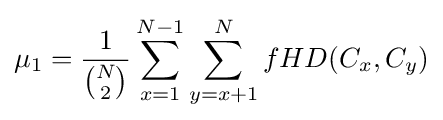
\mu _{1}={\frac {1}{\binom {N}{2}}}\sum _{x=1}^{N-1}\sum _{y=x+1}^{N}fHD(C_{x},C_{y})